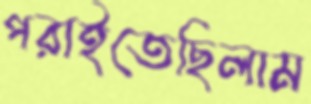
পরাইতেছিলাম